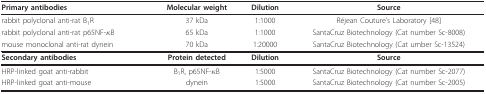
| <COLSPAN=2> Primary antibodies | Molecular weight | Dilution | <COLSPAN=2> Source |
 | --- | --- | --- | --- | --- | --- |
 | <COLSPAN=2> rabbit polyclonal anti-rat B1R | 37 kDa | 1:1000 | <COLSPAN=2> Réjean Couture's Laboratory [48] |
 | <COLSPAN=2> rabbit polyclonal anti-rat p65NF-κB | 65 kDa | 1:1000 | <COLSPAN=2> SantaCruz Biotechnology (Cat number Sc-8008) |
 | <COLSPAN=2> mouse monoclonal anti-rat dynein | 70 kDa | 1:20000 | <COLSPAN=2> SantaCruz Biotechnology (Cat umber Sc-13524) |
 | <COLSPAN=2> Secondary antibodies | Protein detected | Dilution | <COLSPAN=2> Source |
 | <COLSPAN=2> HRP-linked goat anti-rabbit | B1R, p65NF-κB | 1:5000 | <COLSPAN=2> SantaCruz Biotechnology (Cat number Sc-2077) |
 | <COLSPAN=2> HRP-linked goat anti-mouse | dynein | 1:5000 | <COLSPAN=2> SantaCruz Biotechnology (Cat number Sc-2005) |